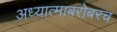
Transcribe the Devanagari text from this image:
अध्यात्माबरोबरच